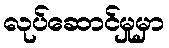
လုပ်ဆောင်မှုမှာ